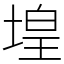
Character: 堭